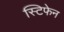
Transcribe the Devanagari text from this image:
स्टिफेन